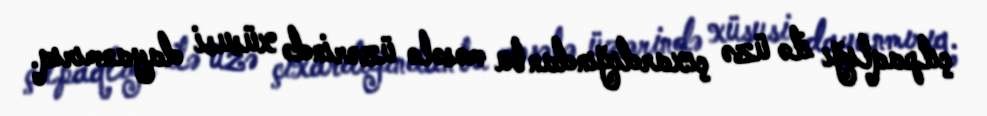
çılpaqlığı ilə üzə çıxardığından bu məsələ üzərində xüsusi dayanmırıq.